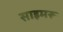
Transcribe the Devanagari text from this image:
साइमरू